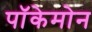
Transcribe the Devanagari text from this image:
पॉकेमोन